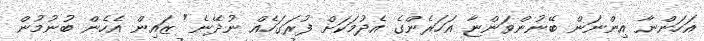
އަހަންނާ އިންނަން ބޭނުންވަންޏާ އަހަރެންގެ އެދުމަކަށް ފުރަގަހެއް ނުދޭނެ" ޒައިން އެހެން ބުނުމުން